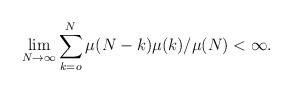
LaTeX: \begin{align*}\lim _{N\rightarrow\infty}\sum _{k=o}^N \mu (N-k)\mu (k)/\mu (N) <\infty .\end{align*}